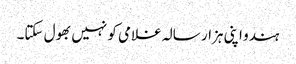
ہندو اپنی ہزار سالہ غلامی کو نہیں بھول سکتا۔